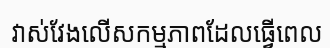
វាស់វែងលើសកម្មភាពដែលធ្វើពេល